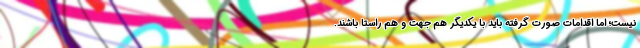
نیست؛ اما اقدامات صورت گرفته باید با یکدیگر هم جهت و هم راستا باشند.